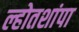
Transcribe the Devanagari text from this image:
ल्होतशांपा